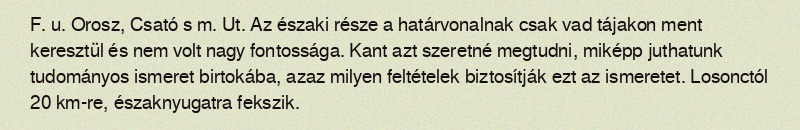
F. u. Orosz, Csató s m. Ut. Az északi része a határvonalnak csak vad tájakon ment keresztül és nem volt nagy fontossága. Kant azt szeretné megtudni, miképp juthatunk tudományos ismeret birtokába, azaz milyen feltételek biztosítják ezt az ismeretet. Losonctól 20 km-re, északnyugatra fekszik.